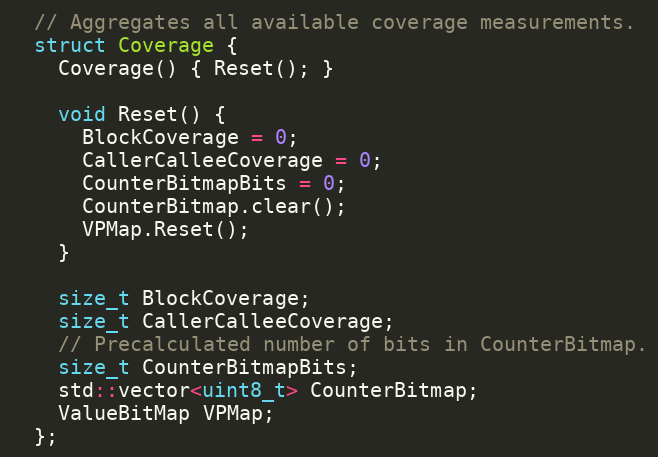
Language: C
  // Aggregates all available coverage measurements.
  struct Coverage {
    Coverage() { Reset(); }

    void Reset() {
      BlockCoverage = 0;
      CallerCalleeCoverage = 0;
      CounterBitmapBits = 0;
      CounterBitmap.clear();
      VPMap.Reset();
    }

    size_t BlockCoverage;
    size_t CallerCalleeCoverage;
    // Precalculated number of bits in CounterBitmap.
    size_t CounterBitmapBits;
    std::vector<uint8_t> CounterBitmap;
    ValueBitMap VPMap;
  };